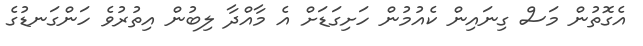
އެގޮތުން މަސް ގިނައިން ކެއުމުން ހަށިގަޑަށް އެ މާއްދާ ލިބުން އިތުރުވެ ހަންގަނޑުގެ